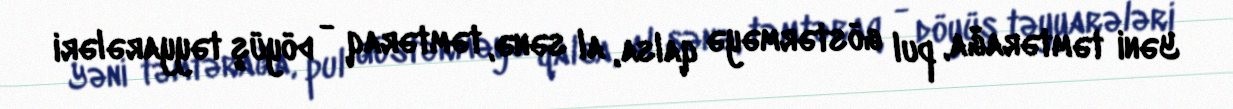
Yəni təmtərağa, pul göstərməyə qalsa, al sənə, təmtəraq - döyüş təyyarələri